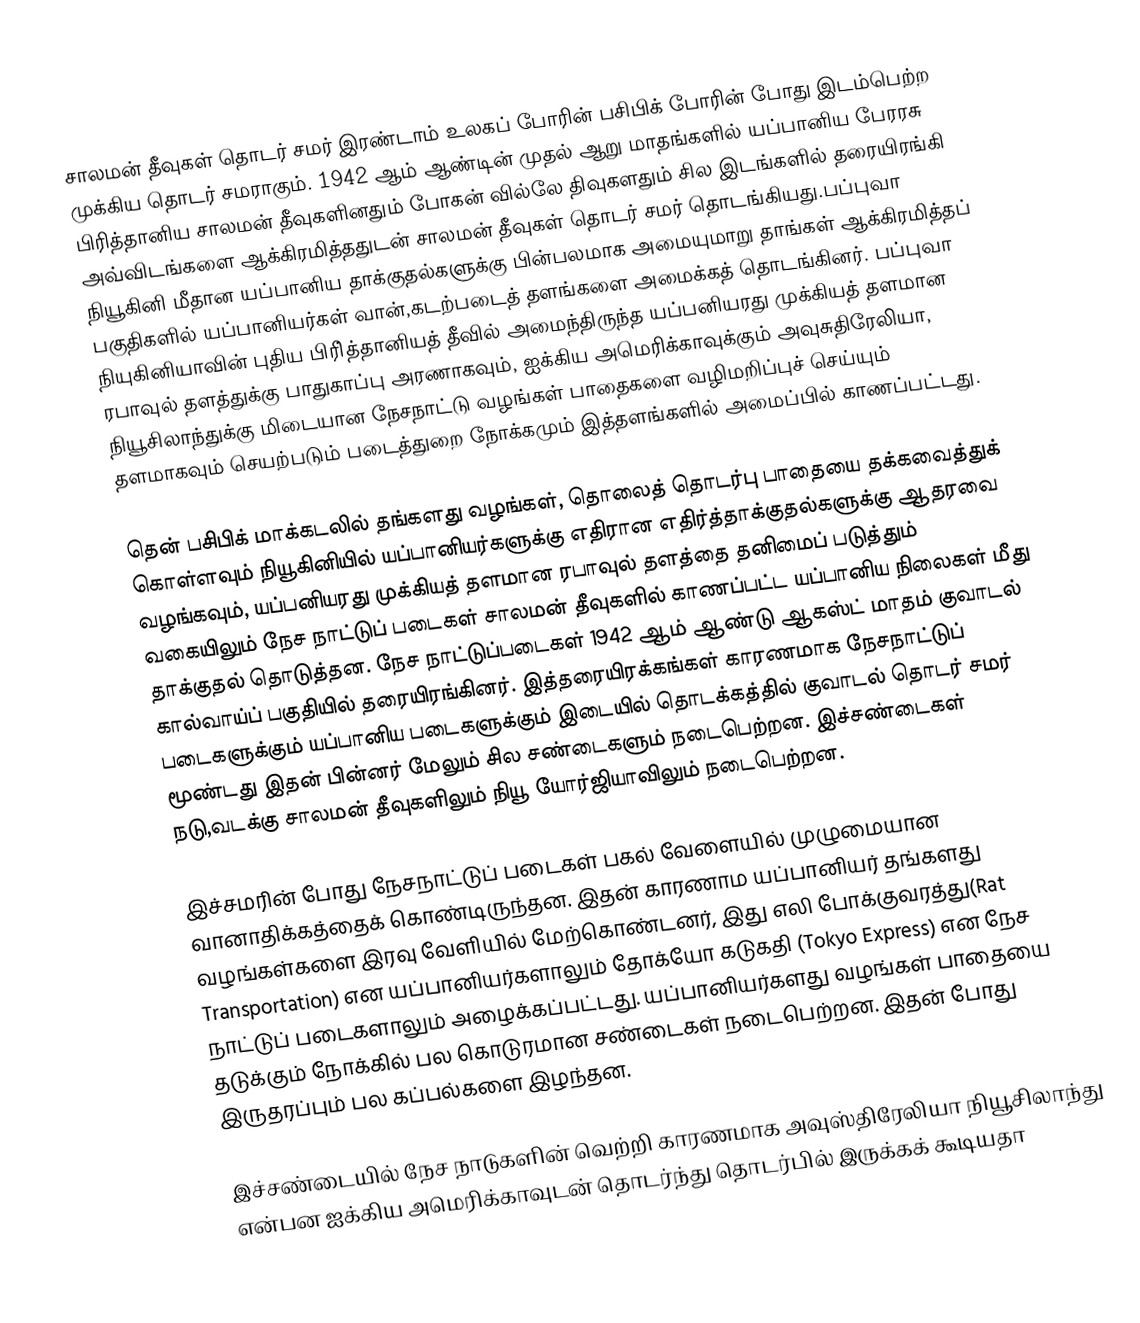
சாலமன் தீவுகள் தொடர் சமர் இரண்டாம் உலகப் போரின் பசிபிக் போரின் போது இடம்பெற்ற முக்கிய தொடர் சமராகும். 1942 ஆம் ஆண்டின் முதல் ஆறு மாதங்களில் யப்பானிய பேரரசு பிரித்தானிய சாலமன் தீவுகளினதும் போகன் வில்லே திவுகளதும் சில இடங்களில் தரையிரங்கி அவ்விடங்களை ஆக்கிரமித்ததுடன் சாலமன் தீவுகள் தொடர் சமர் தொடங்கியது.பப்புவா நியூகினி மீதான யப்பானிய தாக்குதல்களுக்கு பின்பலமாக அமையுமாறு  தாங்கள் ஆக்கிரமித்தப் பகுதிகளில்  யப்பானியர்கள்  வான்,கடற்படைத் தளங்களை அமைக்கத் தொடங்கினர். பப்புவா நியுகினியாவின் புதிய பிரி்த்தானியத் தீவில் அமைந்திருந்த யப்பனியரது முக்கியத் தளமான ரபாவுல் தளத்துக்கு பாதுகாப்பு அரணாகவும், ஐக்கிய அமெரிக்காவுக்கும் அவுசுதிரேலியா, நியூசிலாந்துக்கு மிடையான நேசநாட்டு வழங்கள் பாதைகளை வழிமறிப்புச் செய்யும் தளமாகவும் செயற்படும்  படைத்துறை நோக்கமும் இத்தளங்களில் அமைப்பில் காணப்பட்டது.

தென் பசிபிக் மாக்கடலில் தங்களது வழங்கள், தொலைத் தொடர்பு பாதையை தக்கவைத்துக் கொள்ளவும் நியூகினியில் யப்பானியர்களுக்கு எதிரான எதிர்த்தாக்குதல்களுக்கு ஆதரவை வழங்கவும், யப்பனியரது முக்கியத் தளமான ரபாவுல் தளத்தை தனிமைப் படுத்தும் வகையிலும் நேச நாட்டுப் படைகள்  சாலமன்  தீவுகளில்  காணப்பட்ட யப்பானிய நிலைகள் மீது தாக்குதல் தொடுத்தன. நேச நாட்டுப்படைகள் 1942 ஆம் ஆண்டு ஆகஸ்ட் மாதம் குவாடல் கால்வாய்ப் பகுதியில் தரையிரங்கினர். இத்தரையிரக்கங்கள் காரணமாக நேசநாட்டுப் படைகளுக்கும் யப்பானிய படைகளுக்கும் இடையில் தொடக்கத்தில் குவாடல் தொடர் சமர் மூண்டது இதன் பின்னர் மேலும் சில சண்டைகளும் நடைபெற்றன. இச்சண்டைகள் நடு,வடக்கு சாலமன் தீவுகளிலும் நியூ யோர்ஜியாவிலும் நடைபெற்றன.

இச்சமரின் போது நேசநாட்டுப் படைகள் பகல் வேளையில் முழுமையான வானாதிக்கத்தைக் கொண்டிருந்தன. இதன் காரணாம யப்பானியர் தங்களது வழங்கள்களை இரவு வேளியில் மேற்கொண்டனர், இது எலி போக்குவரத்து(Rat Transportation) என யப்பானியர்களாலும் தோக்யோ கடுகதி (Tokyo Express) என நேச நாட்டுப் படைகளாலும் அழைக்கப்பட்டது. யப்பானியர்களது வழங்கள் பாதையை தடுக்கும் நோக்கில் பல கொடுரமான சண்டைகள் நடைபெற்றன. இதன் போது இருதரப்பும் பல கப்பல்களை இழந்தன.

இச்சண்டையில் நேச நாடுகளின் வெற்றி காரணமாக அவுஸ்திரேலியா நியூசிலாந்து என்பன ஐக்கிய அமெரிக்காவுடன் தொடர்ந்து தொடர்பில் இருக்கக் கூடியதா